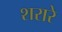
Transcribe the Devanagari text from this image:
शरारे